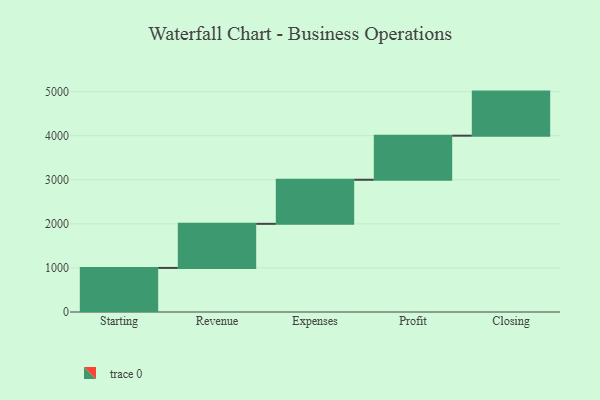
{"axis": {"x": "Step", "y": "Value"}, "legend": [""], "data": [{"x": "Starting", "y": 1000, "type": ""}, {"x": "Revenue", "y": 1000, "type": ""}, {"x": "Expenses", "y": 1000, "type": ""}, {"x": "Profit", "y": 1000, "type": ""}, {"x": "Closing", "y": 1000, "type": ""}]}